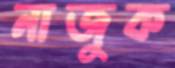
নাজুক